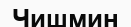
Чишмин